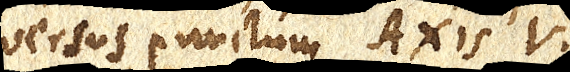
versus punctum Axis V.